Report on sanitation, dispensaries, and jails in Rajputana for 1915, and on vaccination for the year 1915-1916 - 1915-1916
Year: 1915
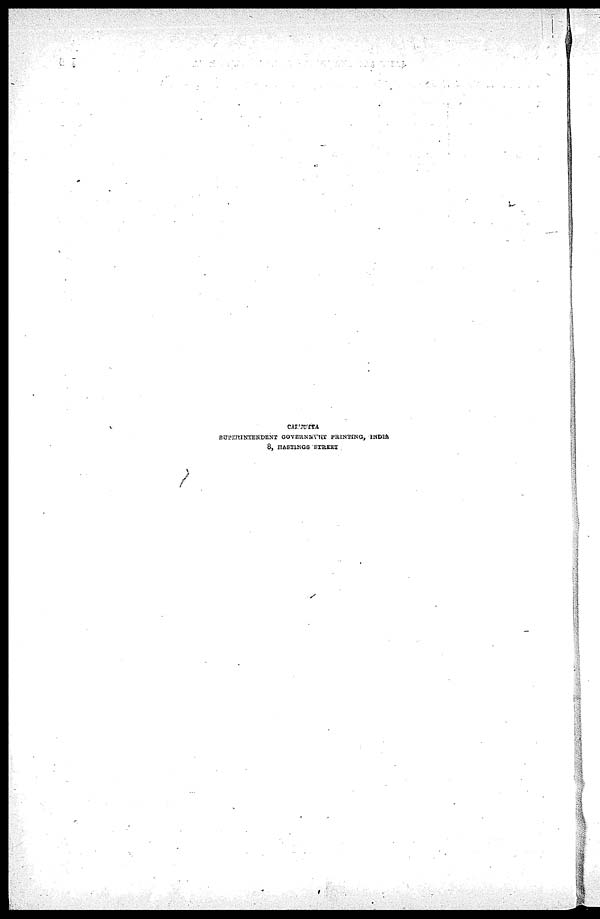
CALCUTTA
SUPERINTENDENT GOVERNMENT PRINTING, INDIA
8, HASTINGS STREET